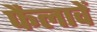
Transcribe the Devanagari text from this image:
फैलावें